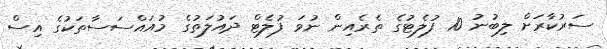
ސަރުކާރަށް ލިބުނު 10 ފުލެޓުގެ ތެރެއިން ނުވަ ފުލެޓް ދައުލަތުގެ މުއައްސަސާތަކުގެ އިސް